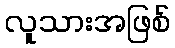
လူသားအဖြစ်